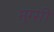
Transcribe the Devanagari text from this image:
मुग्सी